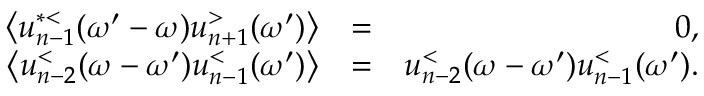
\begin{array} { r l r } { \left\langle u _ { n - 1 } ^ { * < } ( \omega ^ { \prime } - \omega ) u _ { n + 1 } ^ { > } ( \omega ^ { \prime } ) \right\rangle } & { = } & { 0 , } \\ { \left\langle u _ { n - 2 } ^ { < } ( \omega - \omega ^ { \prime } ) u _ { n - 1 } ^ { < } ( \omega ^ { \prime } ) \right\rangle } & { = } & { u _ { n - 2 } ^ { < } ( \omega - \omega ^ { \prime } ) u _ { n - 1 } ^ { < } ( \omega ^ { \prime } ) . } \end{array}